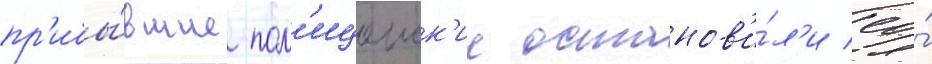
пр'ибы́вшие пол'ицеиск'ие останов'и́л'и ео́